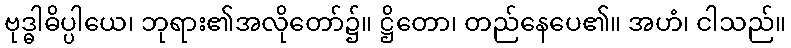
ဗုဒ္ဓါဓိပ္ပါယေ၊ ဘုရား၏အလိုတော်၌။ ဋ္ဌိတော၊ တည်နေပေ၏။ အဟံ၊ ငါသည်။